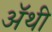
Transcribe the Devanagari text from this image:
अॅथी